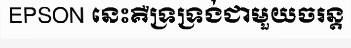
EPSON នេះគឺទ្រទ្រង់ជាមួយចរន្ត